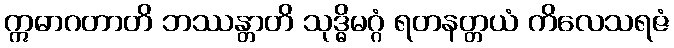
ဣဓာဂတာတိ ဘဿန္တာတိ သုဒ္ဓိမဂ္ဂံ ရတနတ္တယံ ကိလေသရဇံ